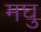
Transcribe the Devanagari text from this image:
मघु